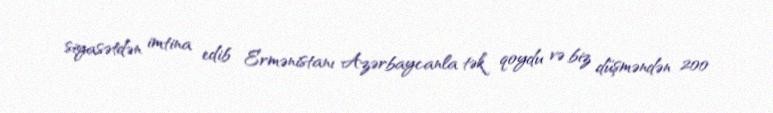
siyasətdən imtina edib Ermənistanı Azərbaycanla tək qoydu və biz düşməndən 200